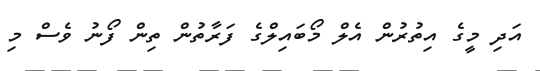
އަދި މީގެ އިތުރުން އެލް މޯބައިލްގެ ފަރާތުން ތިން ފޯނު ވެސް މި